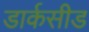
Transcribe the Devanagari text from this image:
डार्कसीड